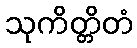
သုကိတ္တိတံ